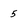
Character: 5